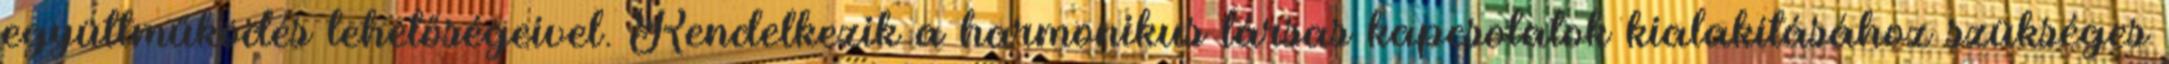
együttműködés lehetőségeivel. Rendelkezik a harmonikus társas kapcsolatok kialakításához szükséges